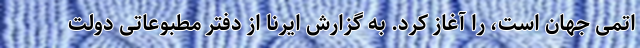
اتمی جهان است، را آغاز کرد. به گزارش ایرنا از دفتر مطبوعاتی دولت